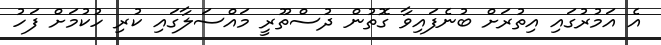
އެ އަމުރުގައި އިތުރަށް ބުނެފައިވާ ގޮތުން ދުސްތޫރީ މައްސަލާގައި ކުރި ހުކުމަށް ފަހު